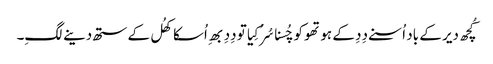
کُچھ دیر کے باد اُسنے دِدِ کے ہوتھو کو چُسنا سُرُ کِیا تو دِدِ بھِ اُسکا کھُل کے ستھ دینے لگِ۔